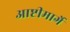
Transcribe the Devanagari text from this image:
आष्टीमार्गे